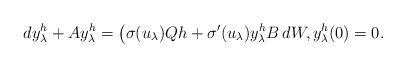
LaTeX: \begin{align*} dy_\lambda^h + Ay_\lambda^h = \bigl( \sigma(u_\lambda)Qh + \sigma'(u_\lambda) y_\lambda^h B\,dW, y_\lambda^h(0) = 0.\end{align*}